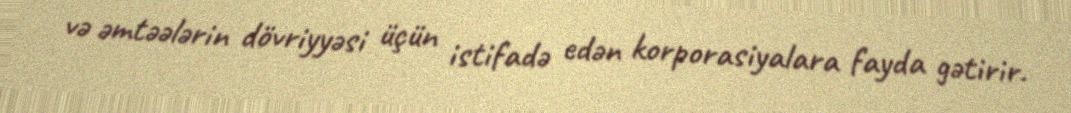
və əmtəələrin dövriyyəsi üçün istifadə edən korporasiyalara fayda gətirir.